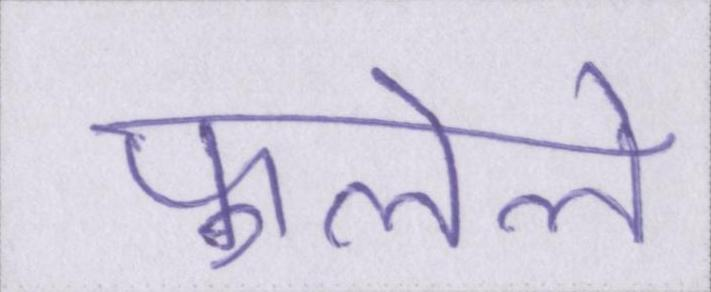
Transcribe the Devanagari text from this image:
फ़ुलेले